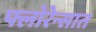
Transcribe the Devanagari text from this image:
फ्लोरेन्सात